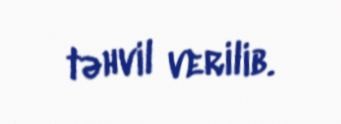
təhvil verilib.